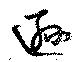
遜